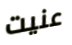
عنيت